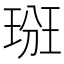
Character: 𤦦